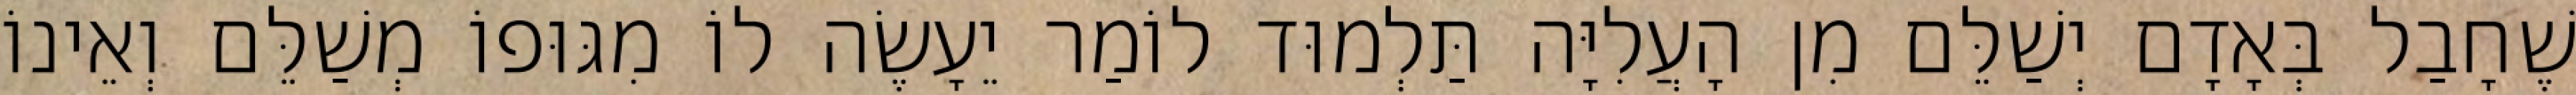
שֶׁחָבַל בְּאָדָם יְשַׁלֵּם מִן הָעֲלִיָּה תַּלְמוּד לוֹמַר יֵעָשֶׂה לוֹ מִגּוּפוֹ מְשַׁלֵּם וְאֵינוֹ